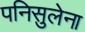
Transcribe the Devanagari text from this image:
पनिसुलेना